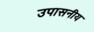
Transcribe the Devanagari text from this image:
उपासनीय